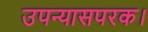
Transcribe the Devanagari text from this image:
उपन्यासपरक।